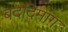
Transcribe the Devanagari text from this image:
बददिमाग़